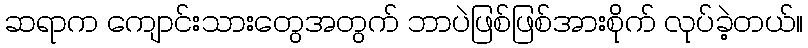
ဆရာက ကျောင်းသားတွေအတွက် ဘာပဲဖြစ်ဖြစ်အားစိုက် လုပ်ခဲ့တယ်။